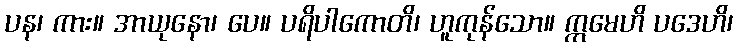
ပန၊ ကား။ အာယုနော၊ ပေ။ ပရိပါကောတိ၊ ဟူကုန်သော။ ဣမေဟိ ပဒေဟိ၊